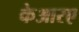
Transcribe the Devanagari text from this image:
केआरए